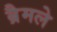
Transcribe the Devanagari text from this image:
ब्रैमले